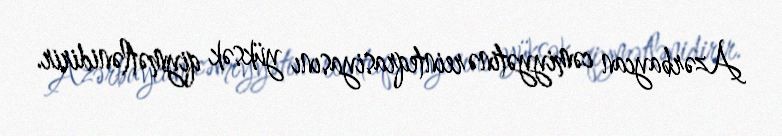
Azərbaycan cəmiyyətinə reinteqrasiyasını yüksək qiymətlənidirir.